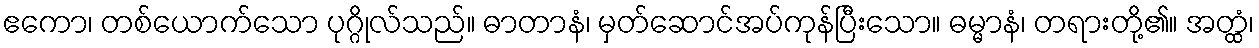
ဧကော၊ တစ်ယောက်သော ပုဂ္ဂိုလ်သည်။ ဓာတာနံ၊ မှတ်ဆောင်အပ်ကုန်ပြီးသော။ ဓမ္မာနံ၊ တရားတို့၏။ အတ္ထံ၊